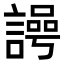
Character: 𮘲